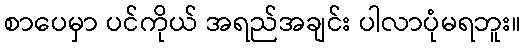
စာပေမှာ ပင်ကိုယ် အရည်အချင်း ပါလာပုံမရဘူး။